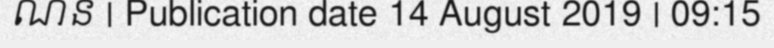
ណន | Publication date 14 August 2019 | 09:15